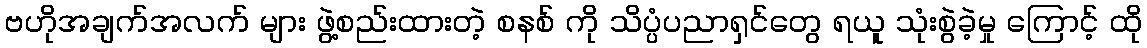
ဗဟိုအချက်အလက် များ ဖွဲ့စည်းထားတဲ့ စနစ် ကို သိပ္ပံပညာရှင်တွေ ရယူ သုံးစွဲခဲ့မှု ကြောင့် ထို